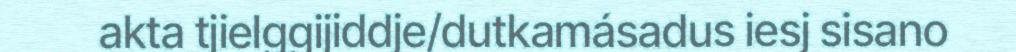
akta tjielggijiddje/dutkamásadus iesj sisano